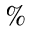
\%